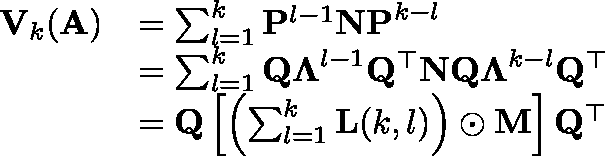
\begin{array} { r l } { \mathbf { V } _ { k } ( \mathbf { A } ) } & { = \sum _ { l = 1 } ^ { k } \mathbf { P } ^ { l - 1 } \mathbf { N P } ^ { k - l } } \\ & { = \sum _ { l = 1 } ^ { k } \mathbf { Q \Lambda } ^ { l - 1 } \mathbf { Q } ^ { \top } \mathbf { N Q \Lambda } ^ { k - l } \mathbf { Q } ^ { \top } } \\ & { = \mathbf { Q } \left[ \left( \sum _ { l = 1 } ^ { k } \mathbf { L } ( k , l ) \right) \odot \mathbf { M } \right] \mathbf { Q } ^ { \top } } \end{array}